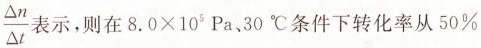
\frac{\Delta n}{\Delta t} 示，则在$$8.0×10^{5}Pa$$，30^{\circ}C 条件下转化率从50\%